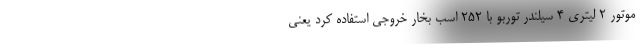
موتور 2 لیتری 4 سیلندر توربو با 252 اسب بخار خروجی استفاده کرد یعنی